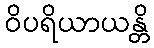
ဝိပရိယာယန္တိ